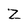
Character: Z